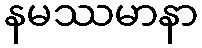
နမဿမာနာ